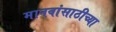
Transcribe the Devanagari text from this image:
मानवांसाठीच्या